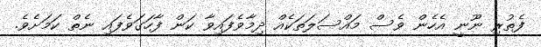
ފެތުރި ނޫނީ އެހެން ވެސް މައްސަލަތަކެއް ދިމާވެފައިވާ ކަން ފާހަގަވެފައި ނެތް ކަމަށެވެ.